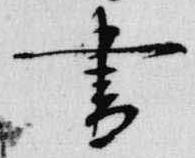
書